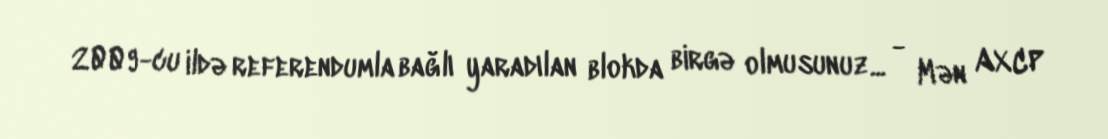
2009-cu ildə referendumla bağlı yaradılan blokda birgə olmusunuz... - Mən AXCP